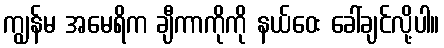
ကျွန်မ အမေရိက ချီကာကိုကို နယ်ဝေး ခေါ်ချင်လို့ပါ။